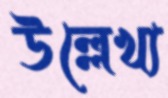
উল্লেখ্য